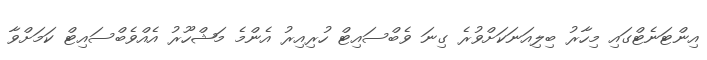
އިންޓަނެޓްގައި މިހާރު ބިލިއަނަކަށްވުރެ ގިނަ ވެބްސައިޓް ހުރިއިރު އެންމެ މަޝްހޫރު އެއްވެބްސައިޓް ކަމަށްވާ